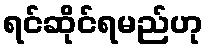
ရင်ဆိုင်ရမည်ဟု